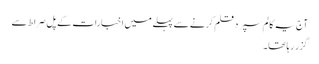
آج یہ کالم سپرد قلم کرنے سے پہلے میں اخبارات کے پل صراط سے
گزر رہا تھا۔